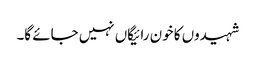
شہیدوں کا خون رائیگاں نہیں جائے گا۔